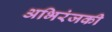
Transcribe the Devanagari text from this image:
अभिरंजकी